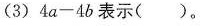
(3) $$4 a - 4 b$$表示（）。